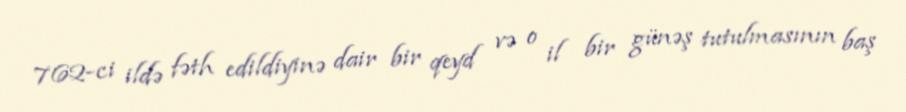
762-ci ildə fəth edildiyinə dair bir qeyd və o il bir günəş tutulmasının baş